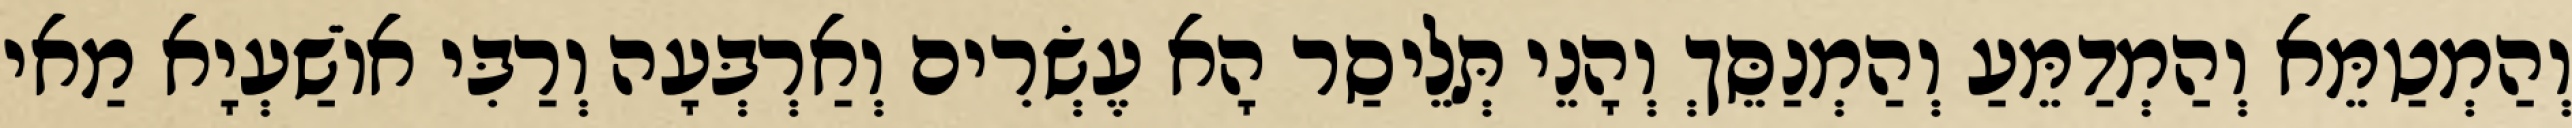
וְהַמְטַמֵּא וְהַמְדַמֵּעַ וְהַמְנַסֵּךְ וְהָנֵי תְּלֵיסַר הָא עֶשְׂרִים וְאַרְבְּעָה וְרַבִּי אוֹשַׁעְיָא מַאי